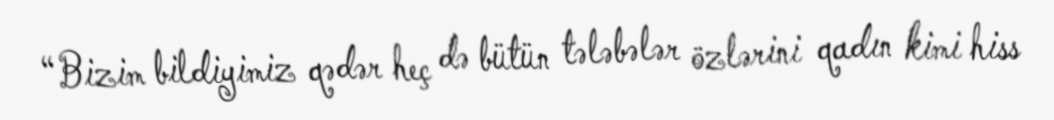
“Bizim bildiyimiz qədər heç də bütün tələbələr özlərini qadın kimi hiss